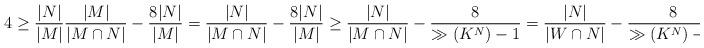
LaTeX: \begin{align*}4 \geq \frac{|N|}{|M|} \frac{|M|}{|M \cap N|} -\frac{8|N|}{|M|} = \frac{|N|}{|M \cap N|} - \frac{8|N|}{|M|} \geq \frac{|N|}{|M \cap N|} -\frac{8}{\gg(K^N)-1}=\frac{|N|}{|W \cap N|} -\frac{8}{\gg(K^N)-1}.\end{align*}